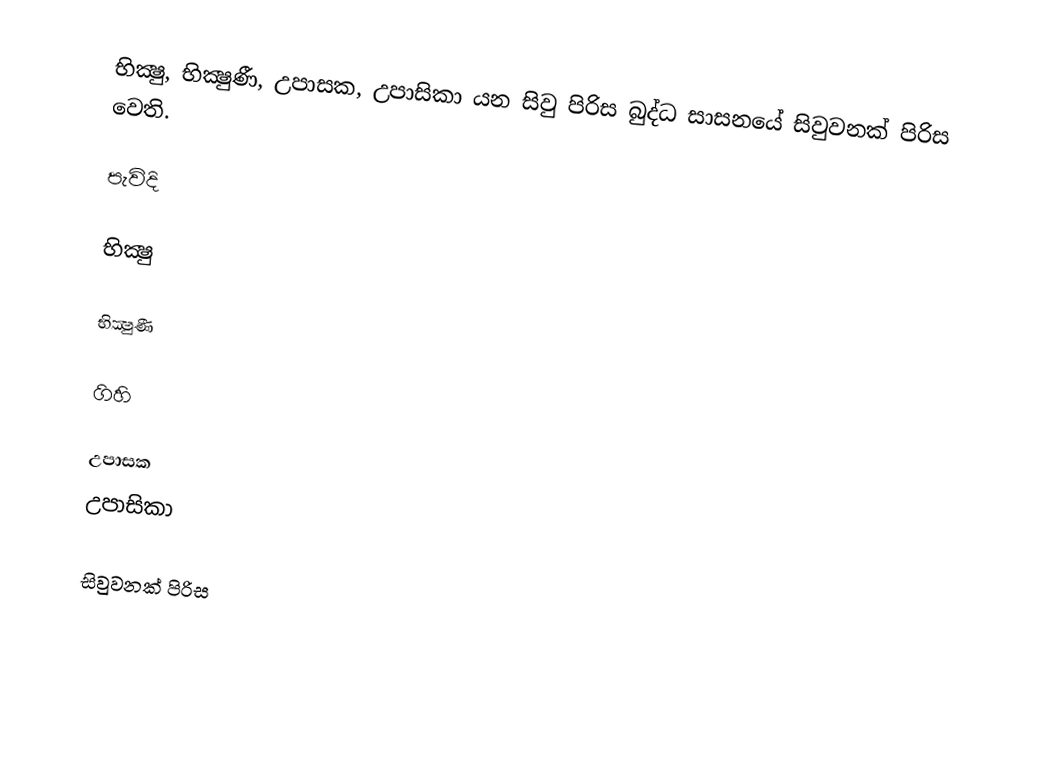
භික්‍ෂු, භික්‍ෂුණී, උපාසක, උපාසිකා යන සිවු පිරිස බුද්ධ සාසනයේ සිවුවනක් පිරිස වෙති.

පැවිදි

භික්‍ෂු

භික්‍ෂුණී

ගිහි

 උපාසක
 උපාසිකා

සිවුවනක් පිරිස